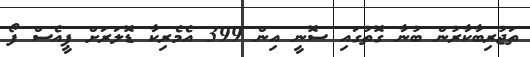
ތަޖުރިބާކާރުން ބުނާ ގޮތުގައި ސޮނީ އިން 399 އެމެރިކާ ޑޮލަރަށް ޕީއެސް ފޯ